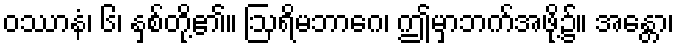
ဝဿာနံ၊ ၆၊ နှစ်တို့၏။ ဩရိမဘာဂေ၊ ဤမှာဘက်အဖို့၌။ အန္တော၊